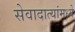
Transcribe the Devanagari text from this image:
सेवादात्यांमध्ये